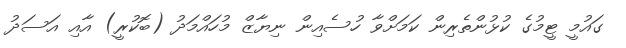
ގައުމީ ޓީމުގެ ކުޅުންތެރިން ކަމަށްވާ ހުސެއިން ނިޔާޒް މުހައްމަދު (ބޮކުރީ) އާއި އަސަދު